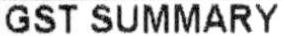
GST SUMMARY